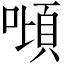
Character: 𠼴